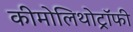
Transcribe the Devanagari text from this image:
कीमोलिथोट्रॉफी